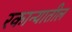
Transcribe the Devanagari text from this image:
रकान्यातील